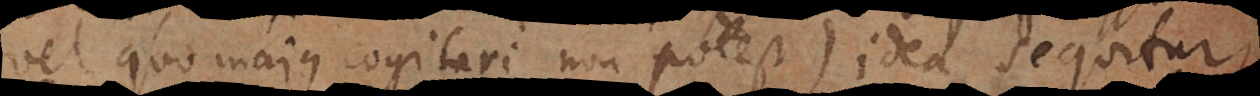
vel quo majus cogitari non potest) idea sequitur.